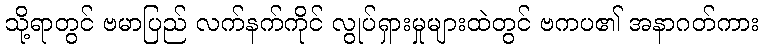
သို့ရာတွင် ဗမာပြည် လက်နက်ကိုင် လွုပ်ရှားမှုများထဲတွင် ဗကပ၏ အနာဂတ်ကား